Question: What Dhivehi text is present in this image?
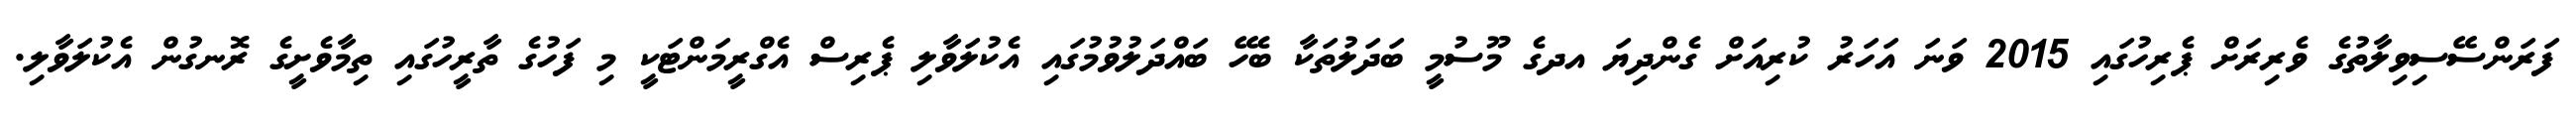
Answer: ފަރަންސޭސިވިލާތުގެ ވެރިރަށް ޕެރިހުގައި 2015 ވަނަ އަހަރު ކުރިއަށް ގެންދިޔަ އދގެ މޫސުމީ ބަދަލުތަކާ ބެހޭ ބައްދަލުވުމުގައި އެކުލަވާލި ޕެރިސް އެގްރީމަންޓަކީ މި ފަހުގެ ތާރީހުގައި ތިމާވެށީގެ ރޮނގުން އެކުލަވާލި.